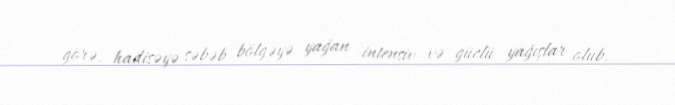
görə, hadisəyə səbəb bölgəyə yağan intensiv və güclü yağışlar olub.